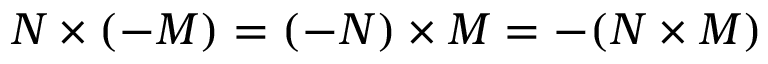
N \times ( - M ) = ( - N ) \times M = - ( N \times M )